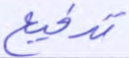
تدفيع